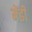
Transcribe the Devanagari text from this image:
मेंडी